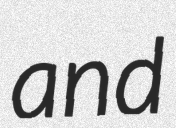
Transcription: and